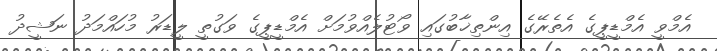
އެމްވީ އެމްޑީޕީގެ އެތެރޭގެ އިންތިޚާބުގައި ވޯޓުލެއްވުމަށް އެމްޑީޕީގެ ވަގުތީ ލީޑަރު މުހައްމަދު ނަޝީދު